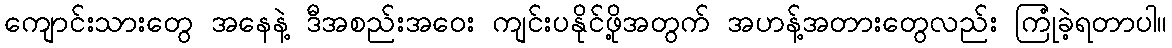
ကျောင်းသားတွေ အနေနဲ့ ဒီအစည်းအဝေး ကျင်းပနိုင်ဖို့အတွက် အဟန့်အတားတွေလည်း ကြုံခဲ့ရတာပါ။